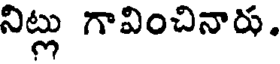
నిట్లు గావించినారు.